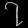
Digit: ၇